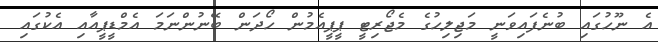
އެ ނޫހުގައި ބުނެފައިވަނީ މަޖިލިހުގެ މެޖޯރިޓީ ޕީޕީއެމުން ހޯދަން ބޭނުންނަމަ އެމްޑީޕީއާއި އެކުގައި